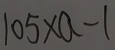
1 0 5 \times a - 1